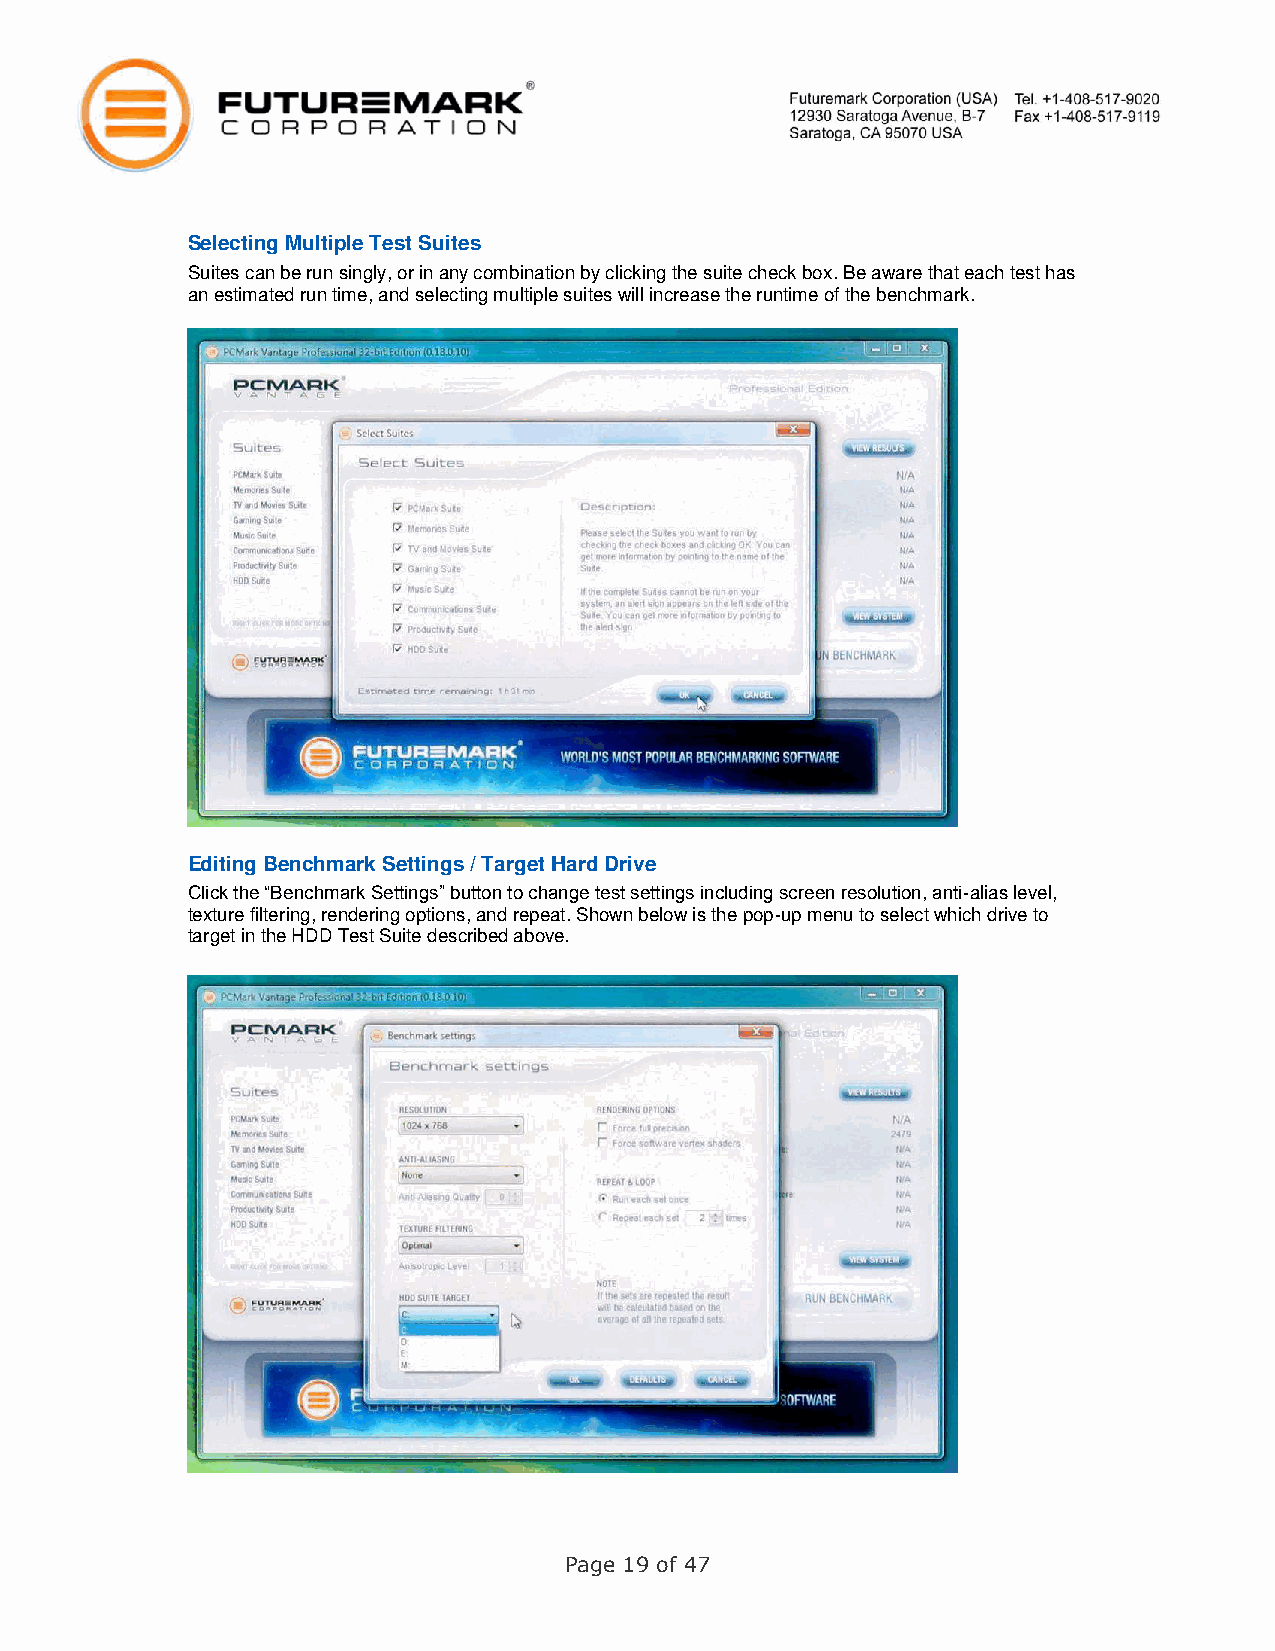
Selecting Multiple Test Suites
 Suites can be run singly, or in any combination by clicking the suite check box. Be aware that each test has
 an estimated run time, and selecting multiple suites will increase the runtime of the benchmark.
 Editing Benchmark Settings / Target Hard Drive
 Click the “Benchmark Settings” button to change test settings including screen resolution, anti-alias level,
 texture filtering, rendering options, and repeat. Shown below is the pop-up menu to select which drive to
 target in the HDD Test Suite described above.
 Page 19 of 47